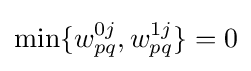
\min\{w_{pq}^{0j},w_{pq}^{1j}\}=0